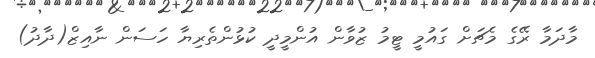
މާދަމާ ރޭގެ މެޗަށް ގައުމީ ޓީމު ޒުވާން އުންމީދީ ކުޅުންތެރިޔާ ހަސަން ނާއިޒް(ދާދު)